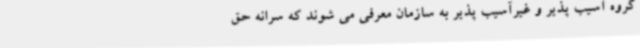
گروه آسیب پذیر و غیرآسیب پذیر به سازمان معرفی می شوند که سرانه حق